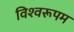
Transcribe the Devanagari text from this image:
विश्‍वरूपम